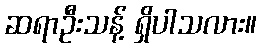
ဆရာဦးသန့် ရှိပါသလား။